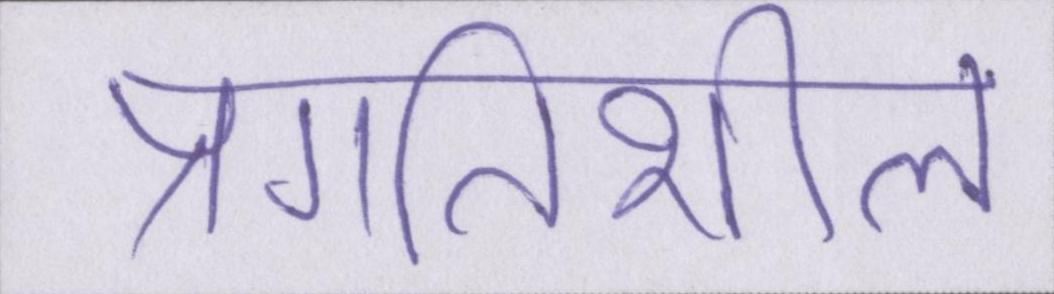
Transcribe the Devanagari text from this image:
प्रगतिशील